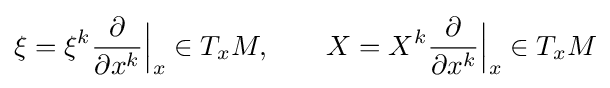
\xi =\xi ^{k}{\frac {\partial }{\partial x^{k}}}{\Big |}_{x}\in T_{x}M,\qquad X=X^{k}{\frac {\partial }{\partial x^{k}}}{\Big |}_{x}\in T_{x}M